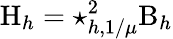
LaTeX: \mathrm{H}_{h}=\star_{h,1/\mu}^{2}\mathrm{B}_{h}